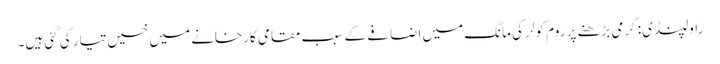
راولپنڈی: گرمی بڑھنے پر روم کولر کی مانگ میں اضافے کے سبب مقامی کارخانے میں خسیں تیار کی گئی ہیں۔